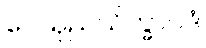
ပေသုညသိက္ခာပဒံ